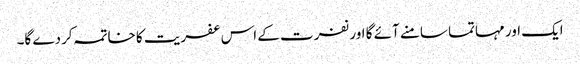
ایک اور مہاتما سامنے آئے گا اور نفرت کے اس عفریت کا خاتمہ کردے گا۔